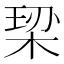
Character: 𪲠